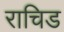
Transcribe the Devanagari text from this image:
राचिड